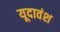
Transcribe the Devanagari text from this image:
यूदावंश